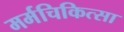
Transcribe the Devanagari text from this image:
मर्मचिकित्सा